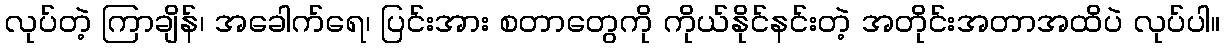
လုပ်တဲ့ ကြာချိန်၊ အခေါက်ရေ၊ ပြင်းအား စတာတွေကို ကိုယ်နိုင်နင်းတဲ့ အတိုင်းအတာအထိပဲ လုပ်ပါ။